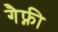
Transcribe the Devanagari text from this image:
गैफ्नी